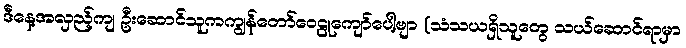
ဒီနေ့အလှည့်ကျ ဦးဆောင်သူကကျွန်တော်ဝေဠုကျော်ပေါ့ဗျာ (သံသယရှိသူတွေ သယ်ဆောင်ရာမှာ